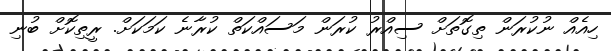
ހިއެއް ނުކުރަން ތިގޮތަށް ސިއްރު ކުރަން މަސައްކަތް ކުރާނެ ކަމަކަށް. ރީތިކޮށް ބުނި